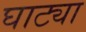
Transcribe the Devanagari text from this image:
घाट्या